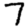
Digit: 7